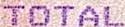
TOTAL